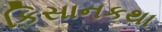
કિસાનકથા